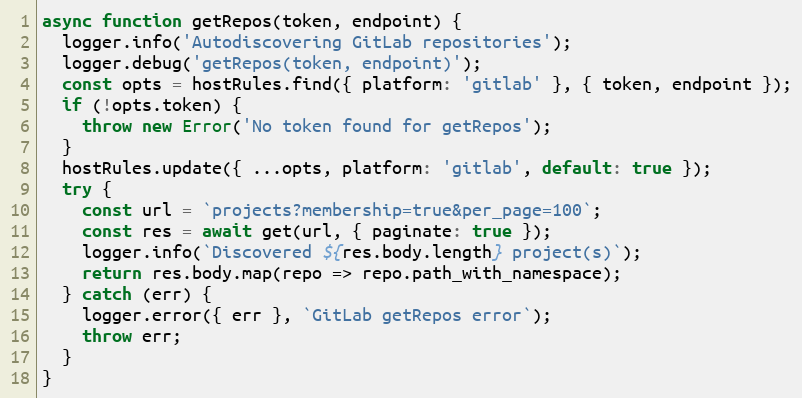
Language: JavaScript
async function getRepos(token, endpoint) {
  logger.info('Autodiscovering GitLab repositories');
  logger.debug('getRepos(token, endpoint)');
  const opts = hostRules.find({ platform: 'gitlab' }, { token, endpoint });
  if (!opts.token) {
    throw new Error('No token found for getRepos');
  }
  hostRules.update({ ...opts, platform: 'gitlab', default: true });
  try {
    const url = `projects?membership=true&per_page=100`;
    const res = await get(url, { paginate: true });
    logger.info(`Discovered ${res.body.length} project(s)`);
    return res.body.map(repo => repo.path_with_namespace);
  } catch (err) {
    logger.error({ err }, `GitLab getRepos error`);
    throw err;
  }
}